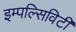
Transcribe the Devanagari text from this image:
इम्पल्सिविटी